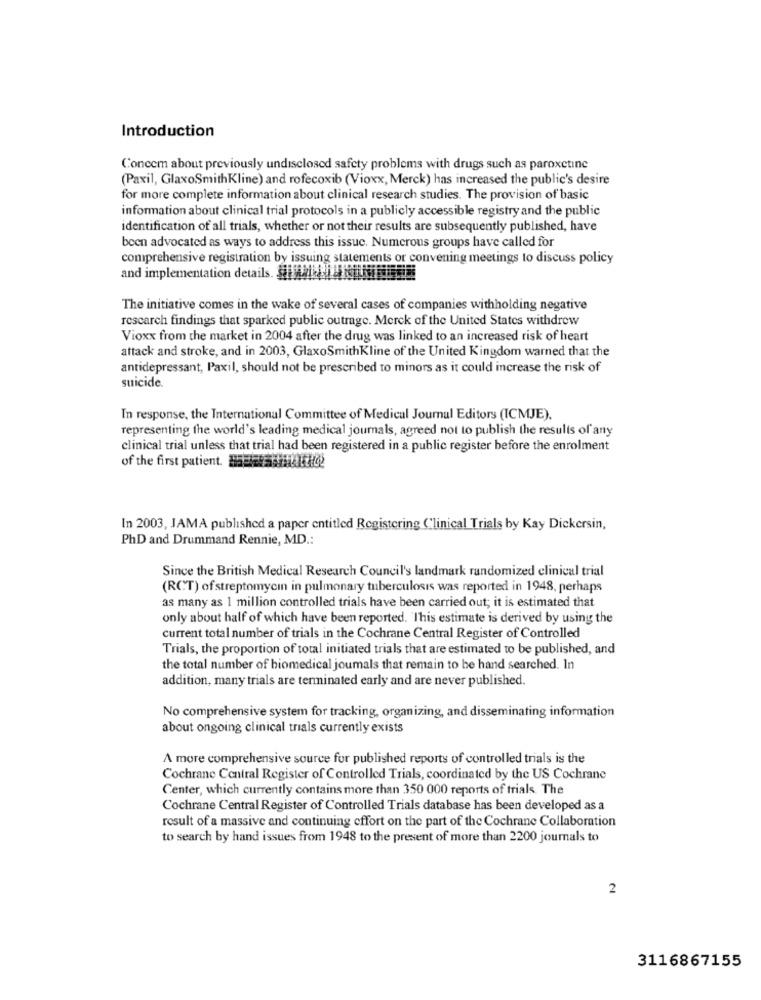
Introduction
Concem about previously undisclosed safety problems with drugs such as paroxetine
(Paxil, GlaxoSmithKline) and rofecoxib (Vioxx, Merck) has increased the public's desire
for more complete information about clinical research studies. The provision of basic
information about clinical trial protocols in a publicly accessible registry and the public
identification of all trials, whether or not their results are subsequently published, have
been advocated as ways to address this issue. Numerous groups have called for
comprehensive registration by issuing statements or convening meetings to discuss policy
and implementation details. HAN-
The initiative comes in the wake of several cases of companies withholding negative
research findings that sparked public outrage. Merck of the United States withdrew
Vioxx from the market in 2004 after the drug was linked to an increased risk of heart
attack and stroke, and in 2003, GlaxoSmithKline of the United Kingdom warned that the
antidepressant, Paxil, should not be prescribed to minors as it could increase the risk of
suicide.
In response, the International Committee of Medical Journal Editors (ICMJE).
representing the world's leading medical journals, agreed not to publish the results of any
clinical trial unless that trial had been registered in a public register before the enrolment
of the first patient. Ha
In 2003, JAMA published a paper entitled Registering Clinical Trials by Kay Dickersin,
PhD and Drummand Rennie, MD .:
Since the British Medical Research Council's landmark randomized clinical trial
(RCT) of streptomycin in pulmonary tuberculosis was reported in 1948, perhaps
as many as 1 million controlled trials have been carried out; it is estimated that
only about half of which have been reported. This estimate is derived by using the
current total number of trials in the Cochrane Central Register of Controlled
Trials, the proportion of total initiated trials that are estimated to be published, and
the total number of biomedical joumals that remain to be hand searched. In
addition, many trials are terminated early and are never published.
No comprehensive system for tracking, organizing, and disseminating information
about ongoing clinical trials currently exists
A more comprehensive source for published reports of controlled trials is the
Cochrane Central Register of Controlled Trials, coordinated by the US Cochrane
Center, which currently contains more than 350 000 reports of trials. The
Cochrane Central Register of Controlled Trials database has been developed as a
result of a massive and continuing effort on the part of the Cochrane Collaboration
to search by hand issues from 1948 to the present of more than 2200 journals to
2
3116867155